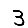
Digit: 3